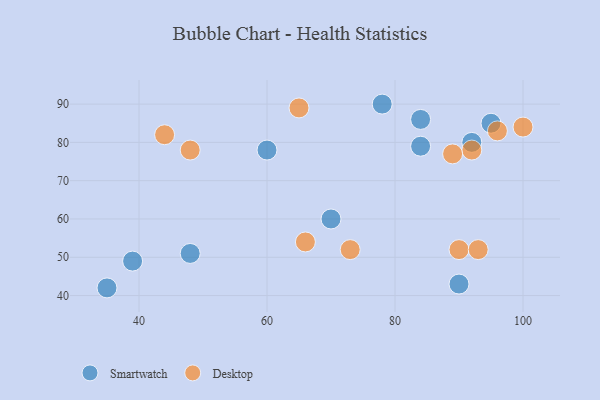
{"axis": {"x": "GDP", "y": "Life Expectancy"}, "legend": ["Desktop", "Smartwatch"], "data": [{"x": "35", "y": 42, "type": "Smartwatch"}, {"x": "48", "y": 51, "type": "Smartwatch"}, {"x": "70", "y": 60, "type": "Smartwatch"}, {"x": "78", "y": 90, "type": "Smartwatch"}, {"x": "95", "y": 85, "type": "Smartwatch"}, {"x": "92", "y": 80, "type": "Smartwatch"}, {"x": "39", "y": 49, "type": "Smartwatch"}, {"x": "84", "y": 79, "type": "Smartwatch"}, {"x": "84", "y": 86, "type": "Smartwatch"}, {"x": "60", "y": 78, "type": "Smartwatch"}, {"x": "90", "y": 43, "type": "Smartwatch"}, {"x": "90", "y": 52, "type": "Desktop"}, {"x": "96", "y": 83, "type": "Desktop"}, {"x": "92", "y": 78, "type": "Desktop"}, {"x": "89", "y": 77, "type": "Desktop"}, {"x": "66", "y": 54, "type": "Desktop"}, {"x": "65", "y": 89, "type": "Desktop"}, {"x": "93", "y": 52, "type": "Desktop"}, {"x": "73", "y": 52, "type": "Desktop"}, {"x": "48", "y": 78, "type": "Desktop"}, {"x": "100", "y": 84, "type": "Desktop"}, {"x": "44", "y": 82, "type": "Desktop"}]}